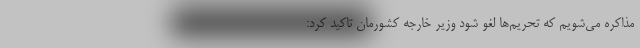
مذاکره می‌شویم که تحریم‌ها لغو شود وزیر خارجه کشورمان تاکید کرد: